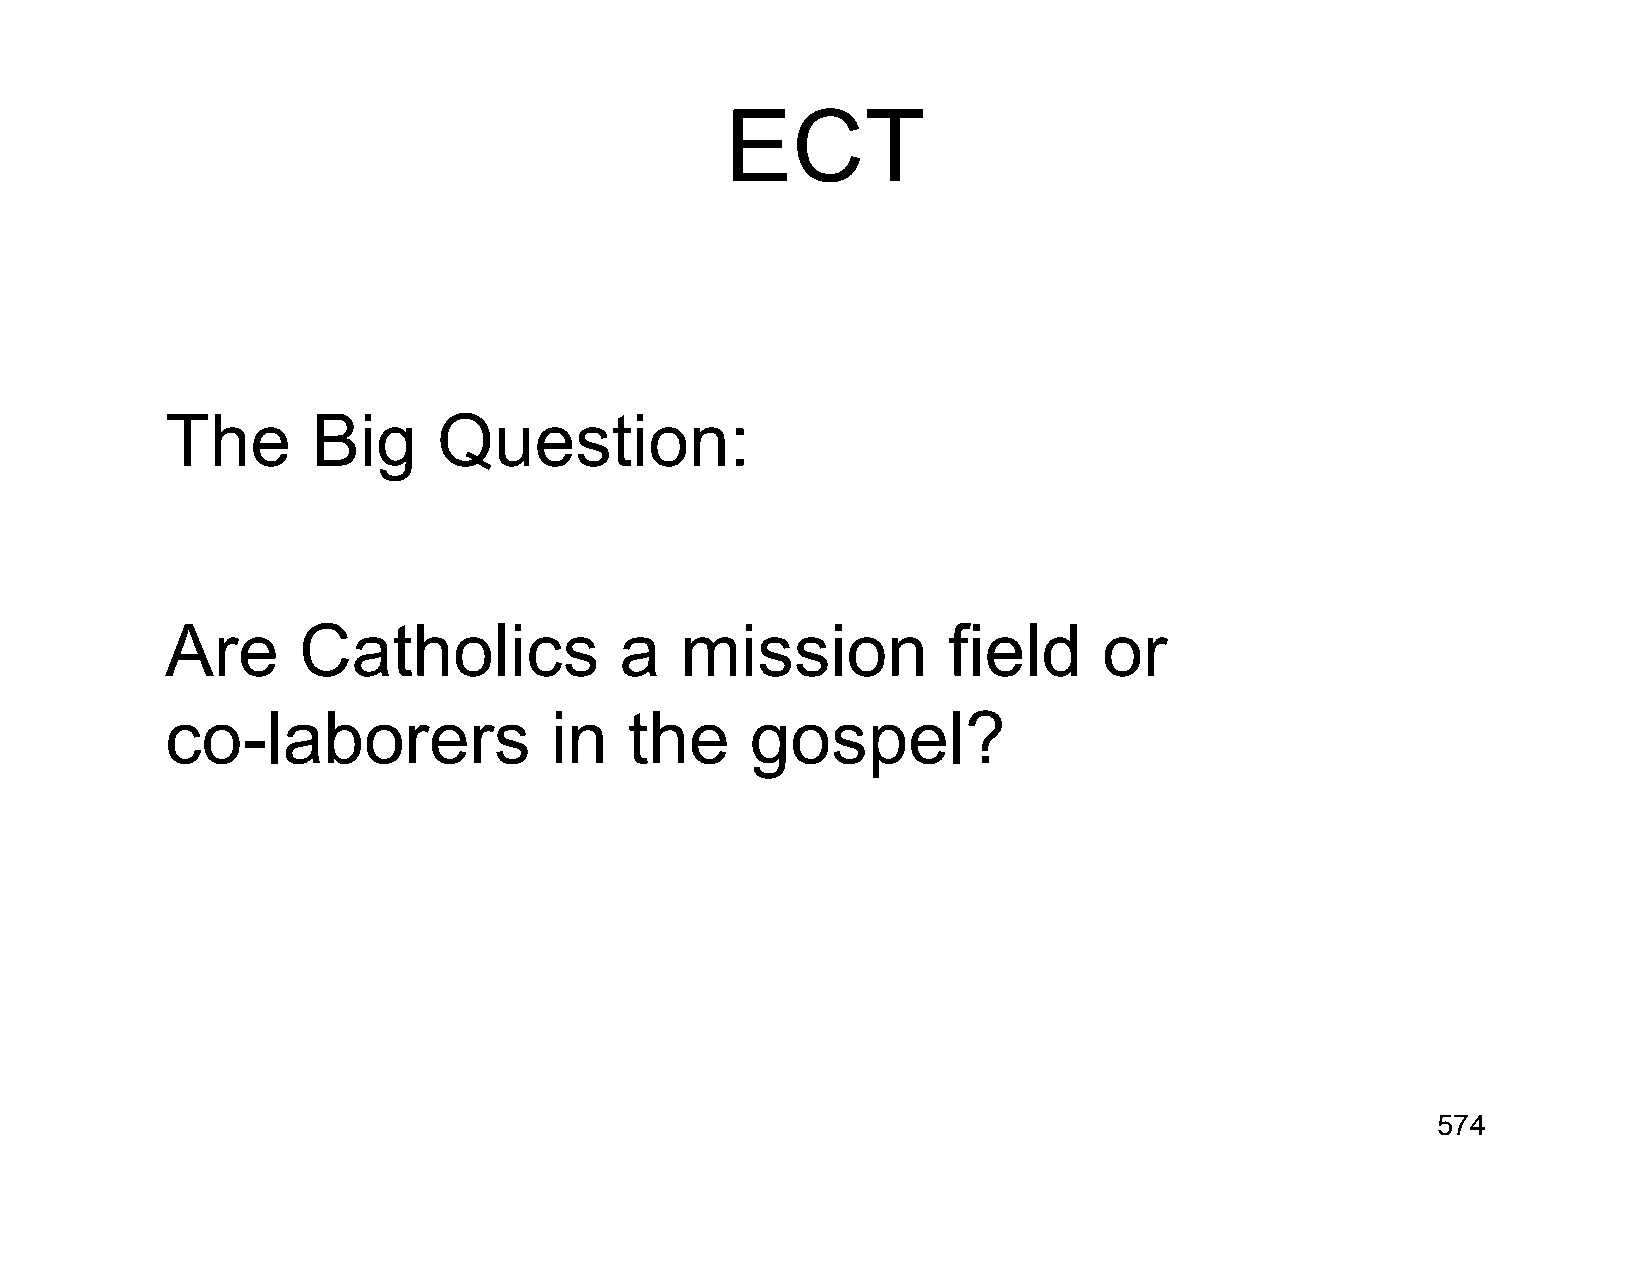
ECT
 The       Big     Question:
 Are      Catholics            a   mission           field     or
 co-laborers              in    the     gospel?
 574